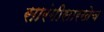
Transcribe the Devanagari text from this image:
सारंगीसारखेच